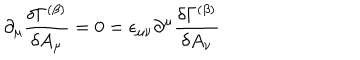
\partial _ { \mu } { \frac { \delta \Gamma ^ { ( \beta ) } } { \delta A _ { \mu } } } = 0 = \epsilon _ { \mu \nu } \partial ^ { \mu } { \frac { \delta \Gamma ^ { ( \beta ) } } { \delta A _ { \nu } } }